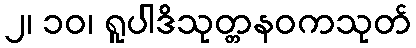
၂၊ ၁၀၊ ရူပါဒိသုတ္တနဝကသုတ်